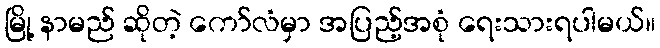
မြို့ နာမည် ဆိုတဲ့ ကော်လံမှာ အပြည့်အစုံ ရေးသားရပါမယ်။